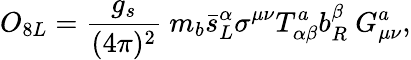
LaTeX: O_{8L}={\frac{g_{s}}{(4\pi)^{2}}}~m_{b}\bar{s}_{L}^{\alpha}\sigma^{\mu\nu}T_{\alpha\beta}^{a}b_{R}^{\beta}~G_{\mu\nu}^{a},